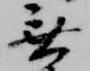
無